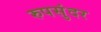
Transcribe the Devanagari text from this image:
रुपसुंदर